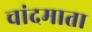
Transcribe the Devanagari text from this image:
चांदमाता